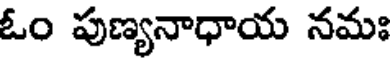
ఓం పుణ్యనాధాయ నమః